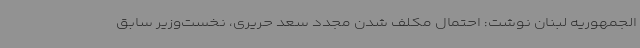
الجمهوریه لبنان نوشت: احتمال مکلف شدن مجدد سعد حریری، نخست‌وزیر سابق